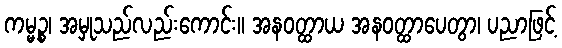
ကမ္မဉ္စ၊ အမှုသည်လည်းကောင်း။ အနဝတ္ထာယ အနဝတ္ထာပေတွာ၊ ပညာဖြင့်